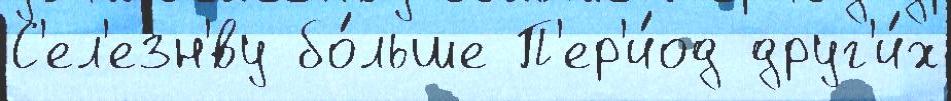
С'ел'езн'́ву бо́льше П'ер'и́од друг'и́х